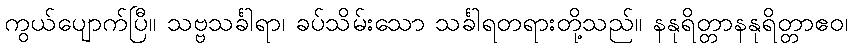
ကွယ်ပျောက်ပြီ။ သဗ္ဗသင်္ခါရာ၊ ခပ်သိမ်းသော သင်္ခါရတရားတို့သည်။ နနုရိတ္တာနနုရိတ္တာဧဝ၊